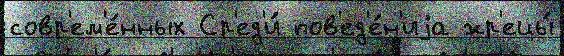
совр'ем'е́нных Ср'ед'и́ пов'ед'е́н'иjа жр'ецы́